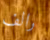
رالف